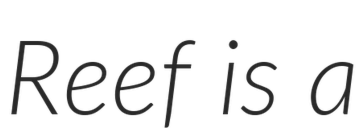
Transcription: Reef is a